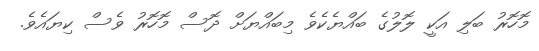
މޮހޮރު ބަލި އަކީ ލޮލުގެ ބައްޔެކެވެ މިބައްޔަށް ދޮސް މޮހޮރު ވެސް ކިޔައެވެ.